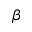
\beta